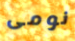
نومى